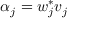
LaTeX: \alpha _ { j } = w _ { j } ^ { * } v _ { j }